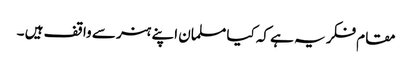
مقام فکر یہ ہے کہ کیا مسلمان اپنے ہنر سے واقف ہیں ۔